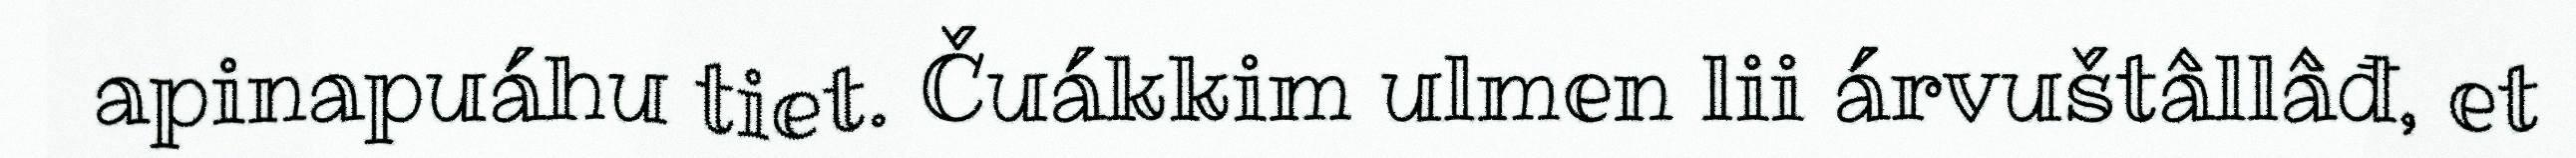
apinapuáhu tiet. Čuákkim ulmen lii árvuštâllâđ, et